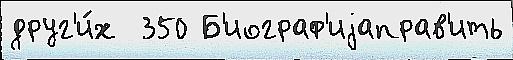
друг'и́х  350 Б'иограф'иjаправ'ить